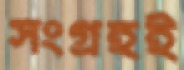
সংগ্রহই